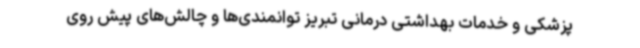
پزشکی و خدمات بهداشتی درمانی تبریز توانمندی‌ها و چالش‌های پیش روی